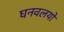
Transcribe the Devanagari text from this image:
घनवलयों